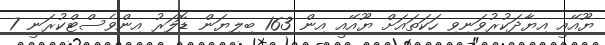
ޔޫއޭއީ އިޔާދަކުރުވަނިވި ހަކަތައަށް ޔޫއޭއީ އިން 163 ބިލިޔަން ޑޮލަރު އިންވެސްޓްކުރަނީ 7